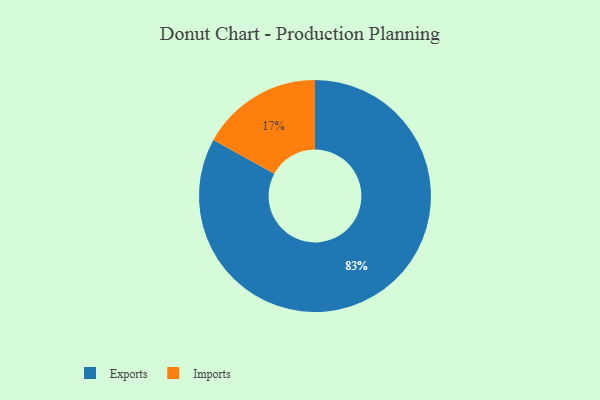
{"axis": {"x": "Category", "y": "Percentage"}, "legend": ["Exports", "Imports"], "data": [{"x": "Imports", "y": 17, "type": "Imports"}, {"x": "Exports", "y": 83, "type": "Exports"}]}